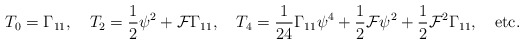
\begin{align*}T_0 = \Gamma_{11}, \quad T_2 = {1\over 2} \psi^2 + {\cal F} \Gamma_{11}, \quad T_4 = {1 \over 24} \Gamma_{11} \psi^4 + {1 \over 2} {\cal F} \psi^2 + {1 \over 2} {\cal F}^2 \Gamma_{11}, \quad {\rm etc.}\end{align*}